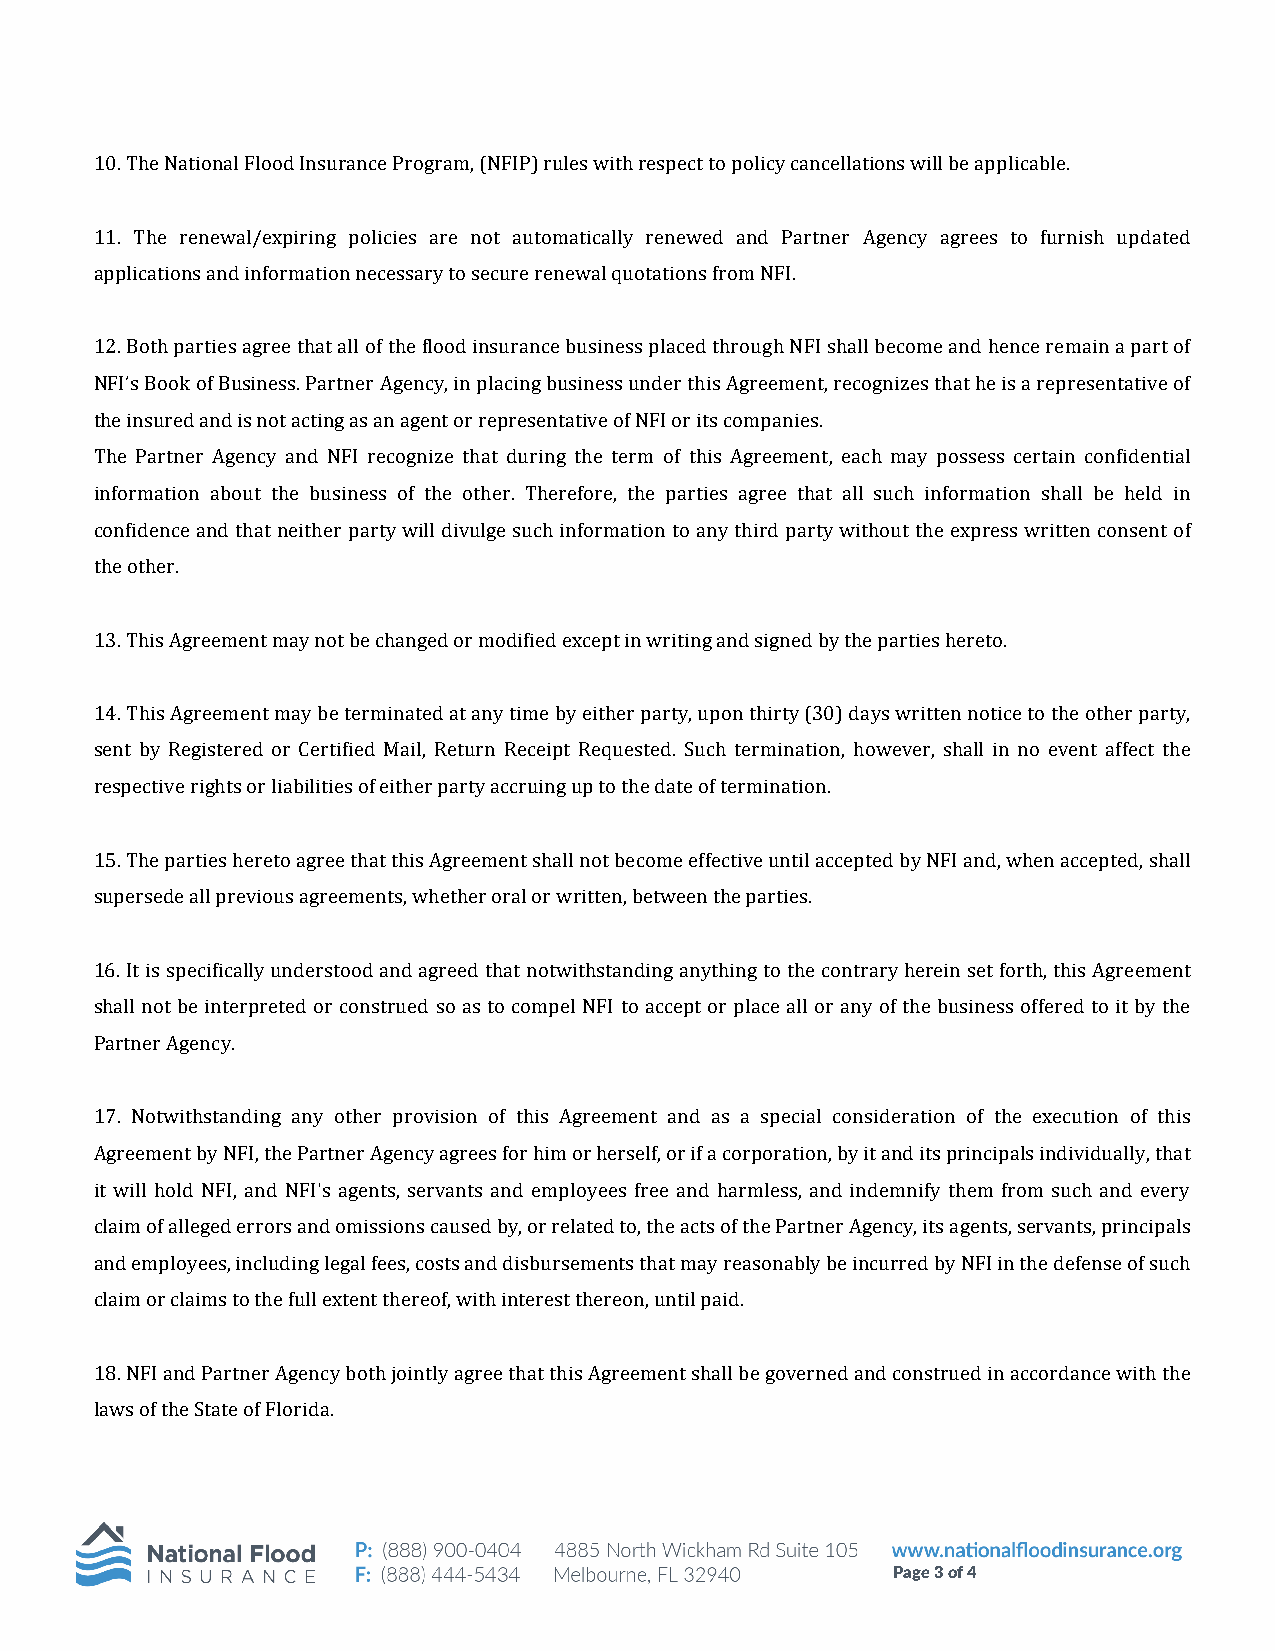
10. The National Flood Insurance Program, (NFIP) rules with respect to policy cancellations will be applicable.
 11. The renewal/expiring policies are not automatically renewed and Partner Agency agrees to furnish updated
 applications and information necessary to secure renewal quotations from NFI.
 12. Both parties agree that all of the flood insurance business placed through NFI shall become and hence remain a part of
 NFI’s Book of Business. Partner Agency, in placing business under this Agreement, recognizes that he is a representative of
 the insured and is not acting as an agent or representative of NFI or its companies.
 The Partner Agency and NFI recognize that during the term of this Agreement, each may possess certain confidential
 information about the business of the other. Therefore, the parties agree that all such information shall be held in
 confidence and that neither party will divulge such information to any third party without the express written consent of
 the other.
 13. This Agreement may not be changed or modified except in writing and signed by the parties hereto.
 14. This Agreement may be terminated at any time by either party, upon thirty (30) days written notice to the other party,
 sent by Registered or Certified Mail, Return Receipt Requested. Such termination, however, shall in no event affect the
 respective rights or liabilities of either party accruing up to the date of termination.
 15. The parties hereto agree that this Agreement shall not become effective until accepted by NFI and, when accepted, shall
 supersede all previous agreements, whether oral or written, between the parties.
 16. It is specifically understood and agreed that notwithstanding anything to the contrary herein set forth, this Agreement
 shall not be interpreted or construed so as to compel NFI to accept or place all or any of the business offered to it by the
 Partner Agency.
 17. Notwithstanding any other provision of this Agreement and as a special consideration of the execution of this
 Agreement by NFI, the Partner Agency agrees for him or herself, or if a corporation, by it and its principals individually, that
 it will hold NFI, and NFI's agents, servants and employees free and harmless, and indemnify them from such and every
 claim of alleged errors and omissions caused by, or related to, the acts of the Partner Agency, its agents, servants, principals
 and employees, including legal fees, costs and disbursements that may reasonably be incurred by NFI in the defense of such
 claim or claims to the full extent thereof, with interest thereon, until paid.
 18. NFI and Partner Agency both jointly agree that this Agreement shall be governed and construed in accordance with the
 laws of the State of Florida.
 Page 3 of 4